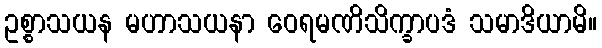
ဥစ္စာသယန မဟာသယနာ ဝေရမဏိသိက္ခာပဒံ သမာဒိယာမိ။